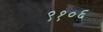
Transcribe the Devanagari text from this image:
९१०६